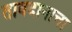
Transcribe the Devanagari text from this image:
तावदानाचा